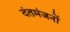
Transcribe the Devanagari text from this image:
दंतमंजनों